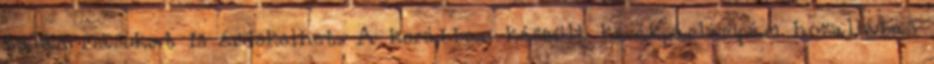
talán másokat is érdekelhet. A korábban készült kerékpárlámpám huzallábas